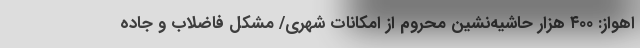
اهواز: ۴۰۰ هزار حاشیه‌نشین محروم از امکانات شهری/ مشکل فاضلاب و جاده